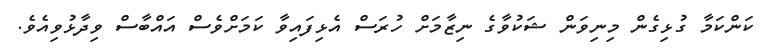
ކަންކަމާ ގުޅިގެން މިނިވަން ޝަކުވާގެ ނިޒާމަށް ހުރަސް އެޅިފައިވާ ކަމަށްވެސް އައްބާސް ވިދާޅުވިއެވެ.